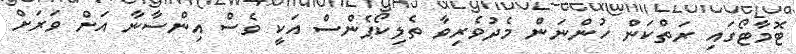
ޓޮމާޓޯގައި ރަތްކަން ހުންނަން މެދުވެރިވާ ތެލިކޯޕެންސް އަކީ ވެސް އިންސާނާ އަށް ވަރަށް